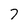
Character: 7